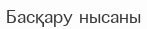
Басқару нысаны